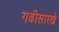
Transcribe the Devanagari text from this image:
गढीसारखे